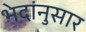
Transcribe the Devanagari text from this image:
भेदांनुसार